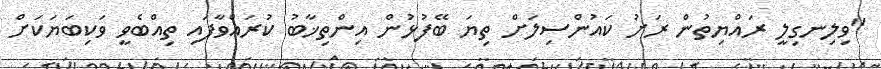
"ވިލިނގިލީ ރައްޔިތުން ރަށު ކައުންސިލަށް ތިޔަ ބޭފުޅުން އިންތިޚާބު ކުރައްވާފައި ތިއްބެވީ ވަކިބަޔަކަށް